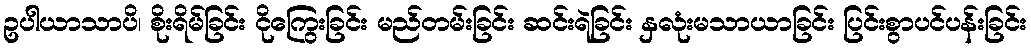
ဥပါယာသာပိ၊ စိုးရိမ်ခြင်း ငိုကြွေးခြင်း မည်တမ်းခြင်း ဆင်းရဲခြင်း နှလုံးမသာယာခြင်း ပြင်းစွာပင်ပန်းခြင်း